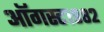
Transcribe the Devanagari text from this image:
ऑगस्ट१९८२